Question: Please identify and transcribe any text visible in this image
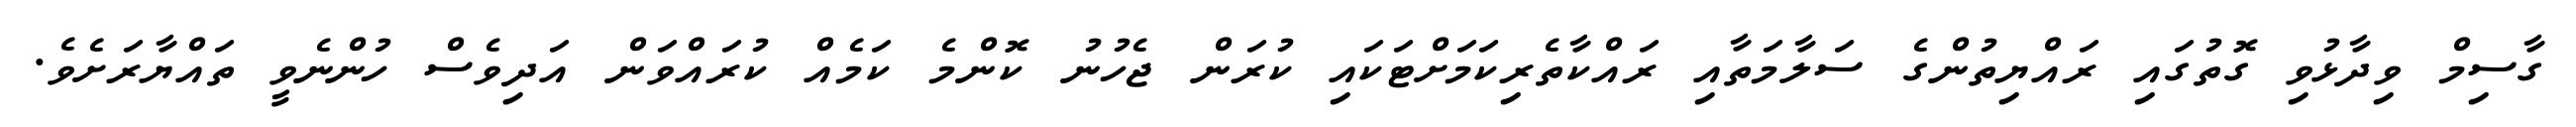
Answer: ގާސިމް ވިދާޅުވި ގޮތުގައި ރައްޔިތުންގެ ސަލާމަތާއި ރައްކާތެރިކަމަށްޓަކައި ކުރަން ޖެހުނު ކޮންމެ ކަމެއް ކުރައްވަން އަދިވެސް ހުންނެވީ ތައްޔާރަށެވެ.